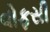
વોફસી